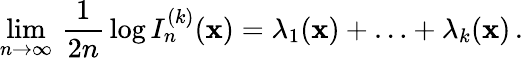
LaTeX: \operatorname*{lim}_{n\to\infty}\, \frac{1}{2n}\, \log I_{n}^{(k)}({\mathbf x})=\lambda_{1}({\mathbf x})+\ldots+\lambda_{k}({\mathbf x})\, .